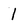
Character: 1